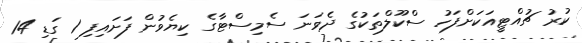
ކުރު ޗުއްޓީއަކަށްފަހު ސްކޫލްތަކުގެ ދެވަނަ ސެމިސްޓާގެ ކިޔެވުން ފަށައިފި 1 ގަޑި 14